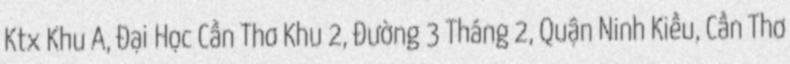
Ktx Khu A, Đại Học Cần Thơ Khu 2, Đường 3 Tháng 2, Quận Ninh Kiều, Cần Thơ